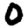
Digit: 0